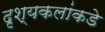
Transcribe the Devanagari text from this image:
दृश्यकलांकडे